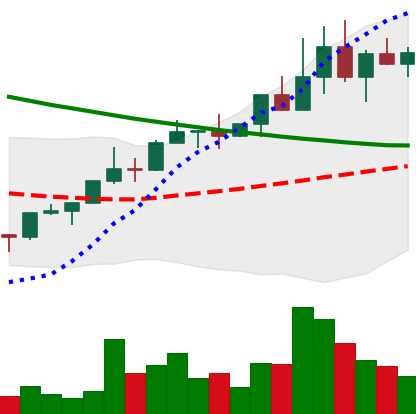
Ticker: NEO-USD
Chart end date: 2022-04-03
Forward return: -21.965%
Label: down_7plus